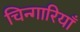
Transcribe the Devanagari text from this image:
चिन्गारियाँ